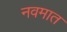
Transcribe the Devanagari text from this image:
नवमात